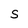
Character: S